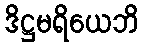
ဒိဋ္ဌမရိယေဘိ